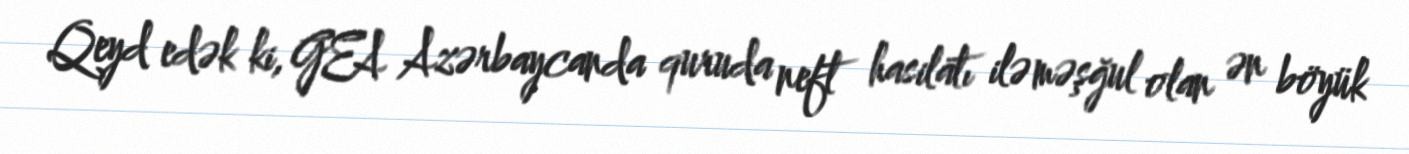
Qeyd edək ki, GEA Azərbaycanda quruda neft hasilatı ilə məşğul olan ən böyük